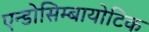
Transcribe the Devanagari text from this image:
एन्डोसिम्बायोटिक